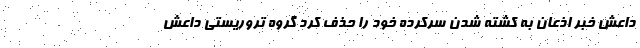
داعش خبر اذعان به کشته شدن سرکرده خود را حذف کرد گروه تروریستی داعش